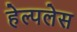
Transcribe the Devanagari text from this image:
हेल्पलेस